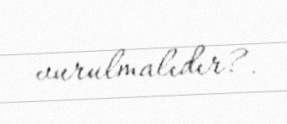
vurulmalıdır?.